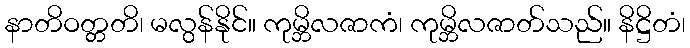
နာတိဝတ္တတိ၊ မလွန်နိုင်။ ကုမ္ဘိလဇာကံ၊ ကုမ္ဘိလဇာတ်သည်။ နိဋ္ဌိတံ၊